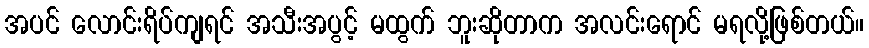
အပင် လောင်းရိပ်ကျရင် အသီးအပွင့် မထွက် ဘူးဆိုတာက အလင်းရောင် မရလို့ဖြစ်တယ်။